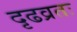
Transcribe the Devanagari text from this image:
दृढव्रतः